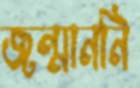
জন্মাননি